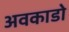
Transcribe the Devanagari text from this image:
अवकाडाे